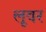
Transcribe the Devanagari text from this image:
लूवर